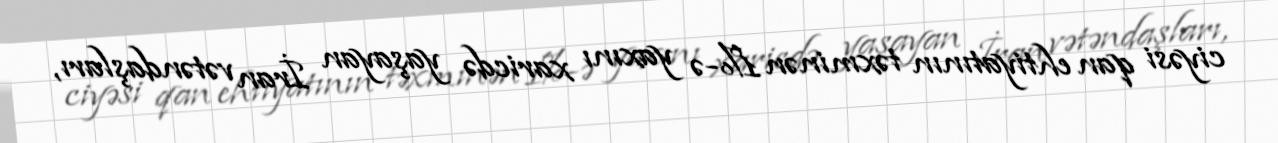
ciyəsi qan ehtiyatının təxminən 1%-ə yaxını xaricdə yaşayan İran vətəndaşları,